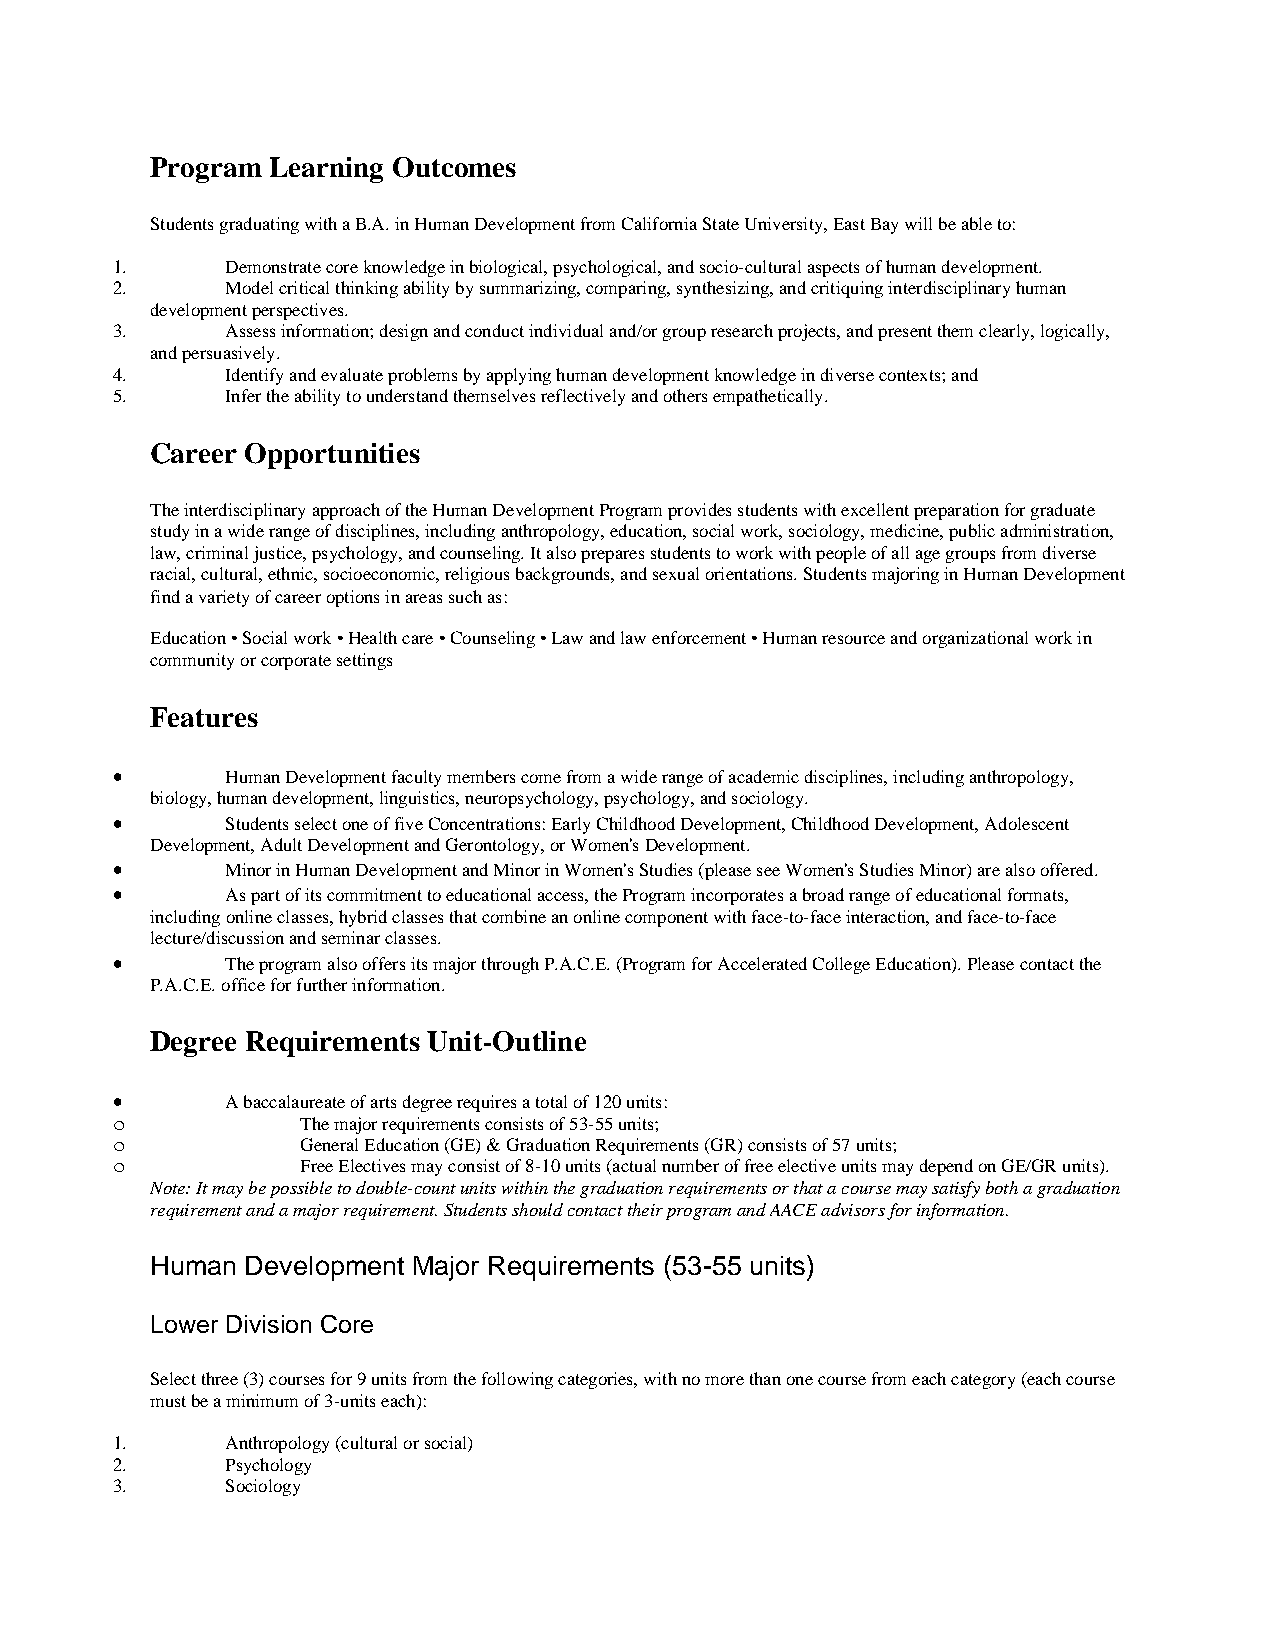
Program Learning Outcomes
 Students graduating with a B.A. in Human Development from California State University, East Bay will be able to:
 1.      Demonstrate core knowledge in biological, psychological, and socio-cultural aspects of human development.
 2.      Model critical thinking ability by summarizing, comparing, synthesizing, and critiquing interdisciplinary human
 development perspectives.
 3.      Assess information; design and conduct individual and/or group research projects, and present them clearly, logically,
 and persuasively.
 4.      Identify and evaluate problems by applying human development knowledge in diverse contexts; and
 5.      Infer the ability to understand themselves reflectively and others empathetically.
 Career Opportunities
 The interdisciplinary approach of the Human Development Program provides students with excellent preparation for graduate
 study in a wide range of disciplines, including anthropology, education, social work, sociology, medicine, public administration,
 law, criminal justice, psychology, and counseling. It also prepares students to work with people of all age groups from diverse
 racial, cultural, ethnic, socioeconomic, religious backgrounds, and sexual orientations. Students majoring in Human Development
 find a variety of career options in areas such as:
 Education • Social work • Health care • Counseling • Law and law enforcement • Human resource and organizational work in
 community or corporate settings
 Features
 •       Human Development faculty members come from a wide range of academic disciplines, including anthropology,
 biology, human development, linguistics, neuropsychology, psychology, and sociology.
 •       Students select one of five Concentrations: Early Childhood Development, Childhood Development, Adolescent
 Development, Adult Development and Gerontology, or Women's Development.
 •       Minor in Human Development and Minor in Women's Studies (please see Women's Studies Minor) are also offered.
 •       As part of its commitment to educational access, the Program incorporates a broad range of educational formats,
 including online classes, hybrid classes that combine an online component with face-to-face interaction, and face-to-face
 lecture/discussion and seminar classes.
 •       The program also offers its major through P.A.C.E. (Program for Accelerated College Education). Please contact the
 P.A.C.E. office for further information.
 Degree Requirements Unit-Outline
 •       A baccalaureate of arts degree requires a total of 120 units:
 o            The major requirements consists of 53-55 units;
 o            General Education (GE) & Graduation Requirements (GR) consists of 57 units;
 o            Free Electives may consist of 8-10 units (actual number of free elective units may depend on GE/GR units).
 Note: It may be possible to double-count units within the graduation requirements or that a course may satisfy both a graduation
 requirement and a major requirement. Students should contact their program and AACE advisors for information.
 Human Development Major Requirements (53-55 units)
 Lower Division Core
 Select three (3) courses for 9 units from the following categories, with no more than one course from each category (each course
 must be a minimum of 3-units each):
 1.      Anthropology (cultural or social)
 2.      Psychology
 3.      Sociology